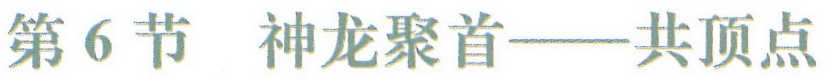
第6节 神龙聚首——共顶点